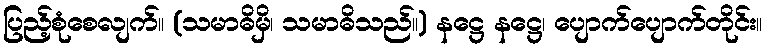
ပြည့်စုံစေလျက်။ (သမာဓိမှိ၊ သမာဓိသည်။) နဋ္ဌေ နဋ္ဌေ၊ ပျောက်ပျောက်တိုင်း။